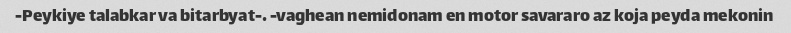
Peykiye talabkar va bitarbyat-. -vaghean nemidonam en motor savararo az koja peyda mekonin-